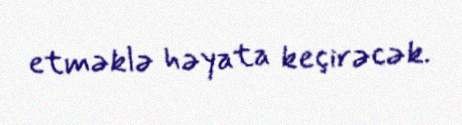
etməklə həyata keçirəcək.